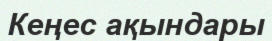
Кеңес ақындары